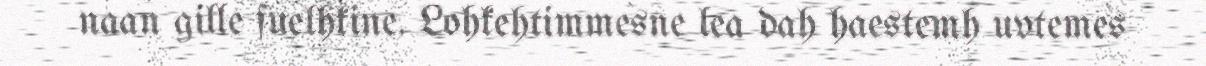
naan gille fuelhkine. Lohkehtimmesne lea dah haestemh uvtemes